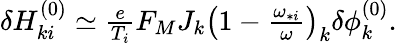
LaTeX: \begin{array}{r}{\delta H_{ki}^{(0)}\simeq\frac{e}{T_{i}}F_{M}J_{k}\left(1-\frac{\omega_{*i}}{\omega}\right)_{k}\delta\phi_{k}^{(0)}.}\end{array}